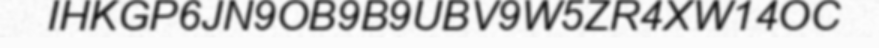
IHKGP6JN9OB9B9UBV9W5ZR4XW14OC